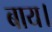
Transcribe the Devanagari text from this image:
बाय।